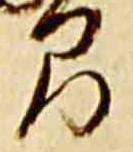
間